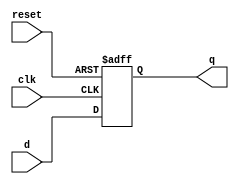
module synchronous_register (
    input wire clk,           // Clock input
    input wire reset,         // Asynchronous reset
    input wire [3:0] d,       // 4-bit data input
    output reg [3:0] q        // 4-bit data output
);

    // Always block triggered on the positive edge of the clock or reset
    always @(posedge clk or posedge reset) begin
        if (reset) begin
            // Asynchronous reset logic
            q <= 4'b0000;    // Reset output to 0
        end else begin
            // Non-blocking assignment for state updates
            q <= d;          // Update output with input data
        end
    end

endmodule